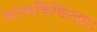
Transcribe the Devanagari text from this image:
शल्यचिकित्सा।